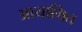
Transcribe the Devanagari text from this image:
आयामित